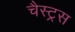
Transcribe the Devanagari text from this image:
चैस्ट्रस